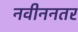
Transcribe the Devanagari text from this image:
नवीननतर